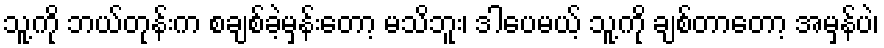
သူ့ကို ဘယ်တုန်းက စချစ်ခဲ့မှန်းတော့ မသိဘူး၊ ဒါပေမယ့် သူ့ကို ချစ်တာတော့ အမှန်ပဲ၊